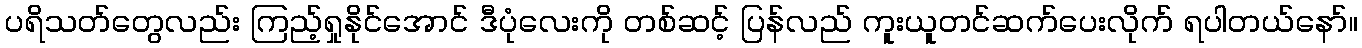
ပရိသတ်တွေလည်း ကြည့်ရှုနိုင်အောင် ဒီပုံလေးကို တစ်ဆင့် ပြန်လည် ကူးယူတင်ဆက်ပေးလိုက် ရပါတယ်နော်။